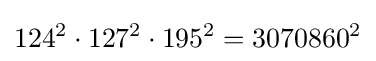
124^{2}\cdot 127^{2}\cdot 195^{2}=3070860^{2}